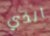
الذي